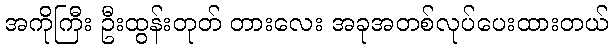
အကိုကြီး ဦးထွန်းတုတ် တားလေး အခုအတစ်လုပ်ပေးထားတယ်